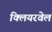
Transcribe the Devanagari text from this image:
क्लियरवेल